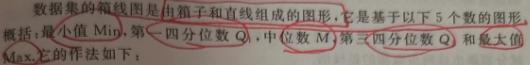
数据集的箱线图是由箱子和直线组成的图形，它是基于以下5个数的图形：最小值$Min$，第一四分位数$Q_1$，中位数$M$，第三四分位数$Q_3$和最大值$Max$。